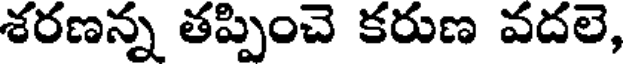
శరణన్న తప్పించె కరుణ వదలె,